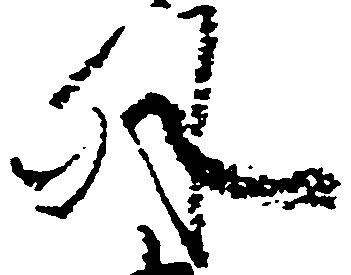
外